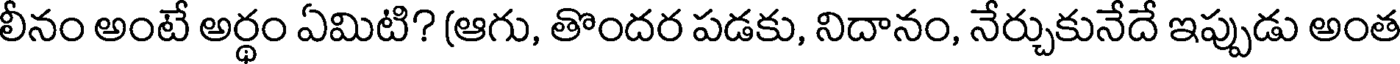
లీనం అంటే అర్థం ఏమిటి? (ఆగు, తొందర పడకు, నిదానం, నేర్చుకునేదే ఇప్పుడు అంత